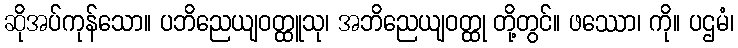
ဆိုအပ်ကုန်သော။ ပဘိညေယျဝတ္ထူသု၊ အဘိညေယျဝတ္ထု တို့တွင်။ ဖဿော၊ ကို။ ပဌမံ၊